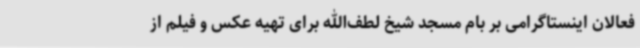
فعالان اینستاگرامی بر بام مسجد شیخ لطف‌الله برای تهیه عکس و فیلم از